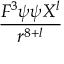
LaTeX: \frac { F ^ { 3 } \psi \psi X ^ { l } } { r ^ { 8 + l } }